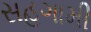
સહગામી